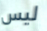
ليس